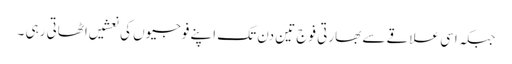
جبکہ اسی علاقے سے بھارتی فوج تین دن تک اپنے فوجیوں کی نعشیں اٹھاتی رہی ۔